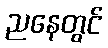
ညနေတွင်